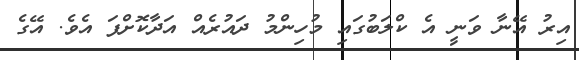
އިރު އޭނާ ވަނީ އެ ކްލަބުގައި މުހިންމު ދައުރެއް އަދާކޮށްފަ އެވެ. އޭގެ